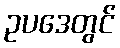
ဥပဒေတွင်